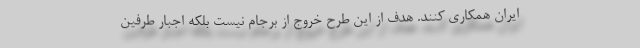
ایران همکاری کنند. هدف از این طرح خروج از برجام نیست بلکه اجبار طرفین